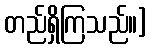
တည်ရှိကြသည်။]